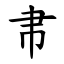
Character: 帇